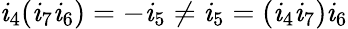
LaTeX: \mathit{i}_{4}(\mathit{i}_{7}\mathit{i}_{6})=-\mathit{i}_{5}\neq\mathit{i}_{5}=(\mathit{i}_{4}\mathit{i}_{7})\mathit{i}_{6}